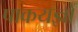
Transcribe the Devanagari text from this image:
पाकयज्ञों